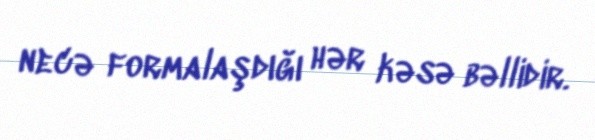
necə formalaşdığı hər kəsə bəllidir.